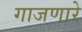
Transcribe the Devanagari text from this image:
गाजणारे